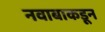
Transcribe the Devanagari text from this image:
नवाबाकडून